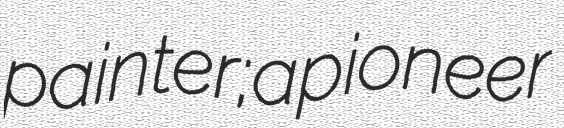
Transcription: painter; a pioneer